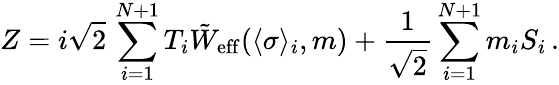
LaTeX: Z=i\sqrt{2}\, \sum_{i=1}^{N+1}T_{i}\tilde{W}_{\mathrm{eff}}(\langle\sigma\rangle_{i},m)+{\frac{1}{\sqrt{2}}}\sum_{i=1}^{N+1}m_{i}S_{i}\, .